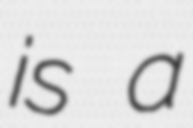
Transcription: is a